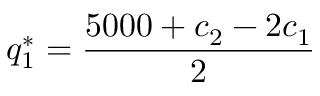
q _ { 1 } ^ { * } = { \frac { 5 0 0 0 + c _ { 2 } - 2 c _ { 1 } } { 2 } }